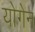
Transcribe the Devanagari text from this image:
योगेन